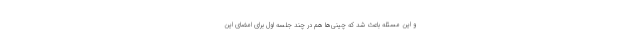
و این مسئله باعث شد که چینی‌ها هم در چند جلسه اول برای امضای این